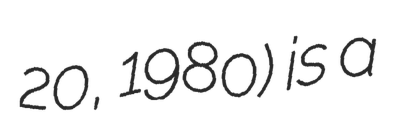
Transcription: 20, 1980) is a